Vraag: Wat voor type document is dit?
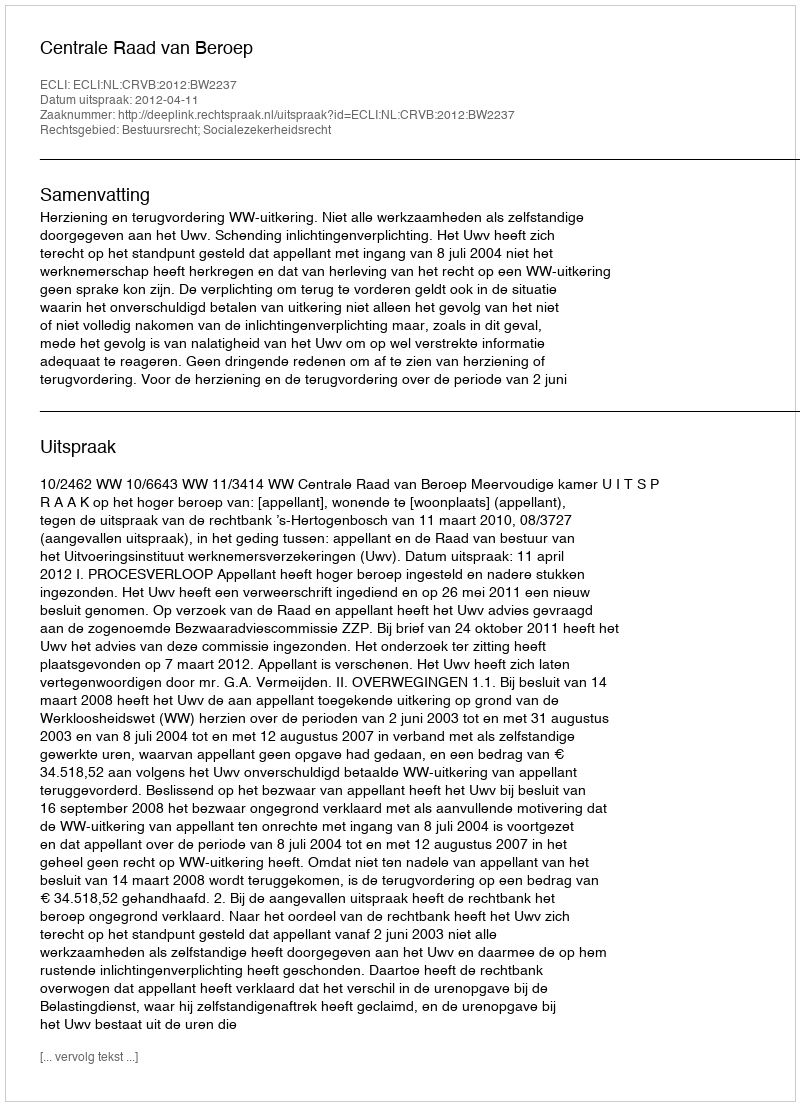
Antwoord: Uitspraak